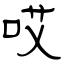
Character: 哎